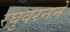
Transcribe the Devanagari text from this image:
रघुवरनने